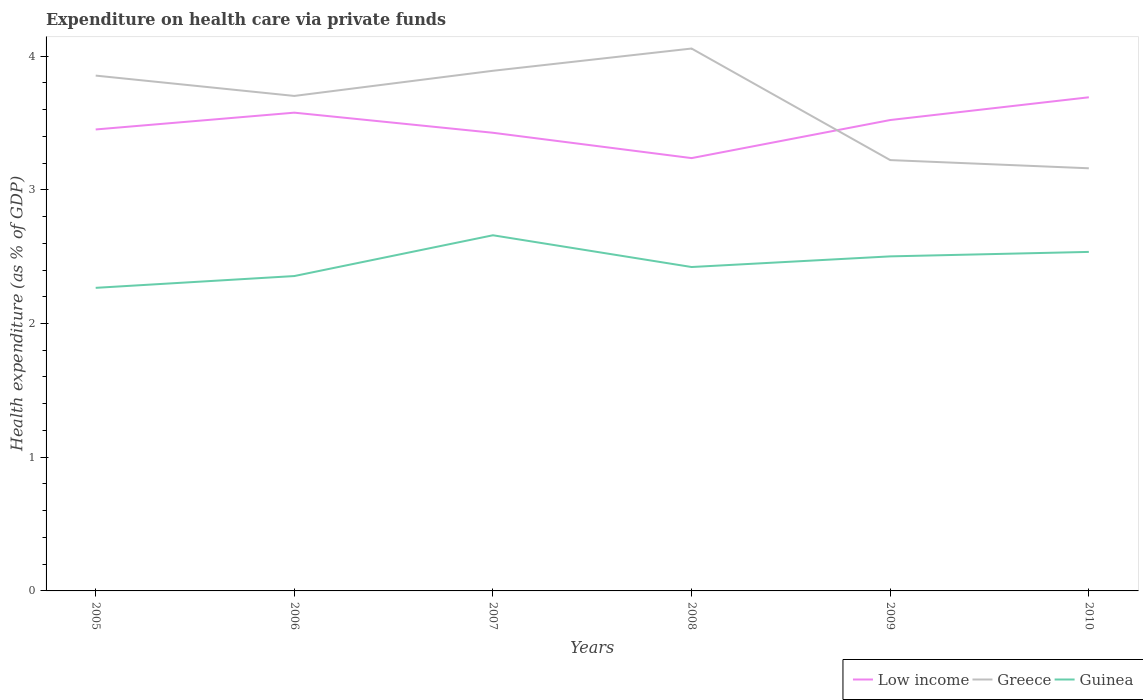
| Years | Low income | Greece | Guinea |
 | --- | --- | --- | --- |
 | 2005 | 3.45 | 3.85 | 2.27 |
 | 2006 | 3.58 | 3.7 | 2.35 |
 | 2007 | 3.43 | 3.89 | 2.66 |
 | 2008 | 3.24 | 4.06 | 2.42 |
 | 2009 | 3.52 | 3.22 | 2.5 |
 | 2010 | 3.69 | 3.16 | 2.54 |